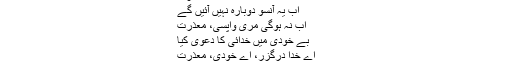
معذرت
اب یہ آنسو دوبارہ نہیں آئیں گے
اب نہ ہوگی مری واپسی، معذرت
بے خودی میں خدائی کا دعوی کیا
اے خدا درگزر، اے خودی، معذرت
موج در موج اترتا ہے شب ہجر کا چاند ۔